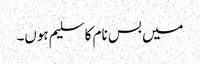
میں بس نام کا سلیم ہوں۔